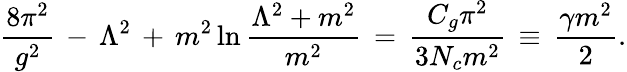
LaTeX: \frac{8\pi^{2}}{g^{2}}\, -\, \Lambda^{2}\, +\, m^{2}\ln\frac{\Lambda^{2}+m^{2}}{m^{2}}\, =\, \frac{C_{g}\pi^{2}}{3N_{c}m^{2}}\, \equiv\, \frac{\gamma m^{2}}{2}.